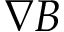
\nabla B